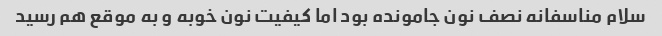
سلام مناسفانه نصف نون جامونده بود اما کیفیت نون خوبه و به موقع هم رسید